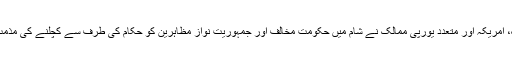
عرب لیگ، امریکہ اور متعدد یورپی ممالک نے شام میں حکومت مخالف اور جمہوریت نواز مظاہرین کو حکام کی طرف سے کچلنے کی مذمت کی ہے۔